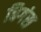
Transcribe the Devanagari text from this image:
बिगंस